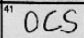
Transcription: OCS